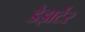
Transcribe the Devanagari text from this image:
डेझर्टर